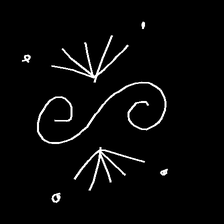
Glyph: aeroform